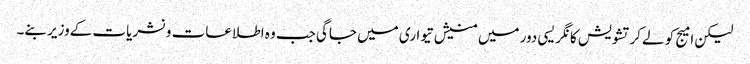
لیکن امیج کو لےکرتشویش کانگریسی دور میں منیش تیواری میں جاگی جب وہ اطلاعات ونشریات کےوزیر بنے۔